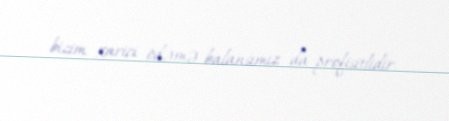
bizim xarici ödəmə balansımız da profisitlidir.